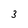
Character: 3